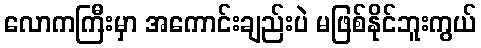
လောကကြီးမှာ အကောင်းချည်းပဲ မဖြစ်နိုင်ဘူးကွယ်